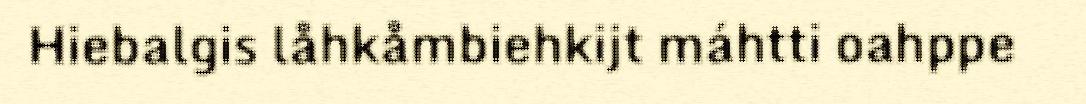
Hiebalgis låhkåmbiehkijt máhtti oahppe